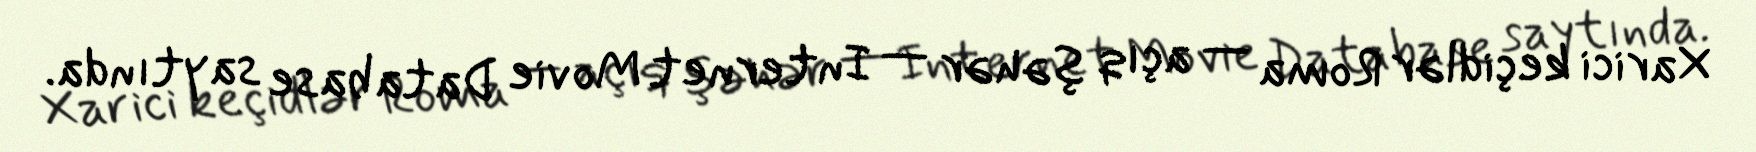
Xarici keçidlər Roma — açıq şəhər — Internet Movie Database saytında.